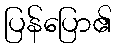
ပြန်ပြော၏